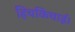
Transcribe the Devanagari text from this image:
हिचकिचाई।